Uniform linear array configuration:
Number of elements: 16
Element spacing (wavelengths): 0.75
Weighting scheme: binomial
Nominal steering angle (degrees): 45
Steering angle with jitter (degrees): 43.587
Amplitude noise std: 0.05
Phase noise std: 0.05

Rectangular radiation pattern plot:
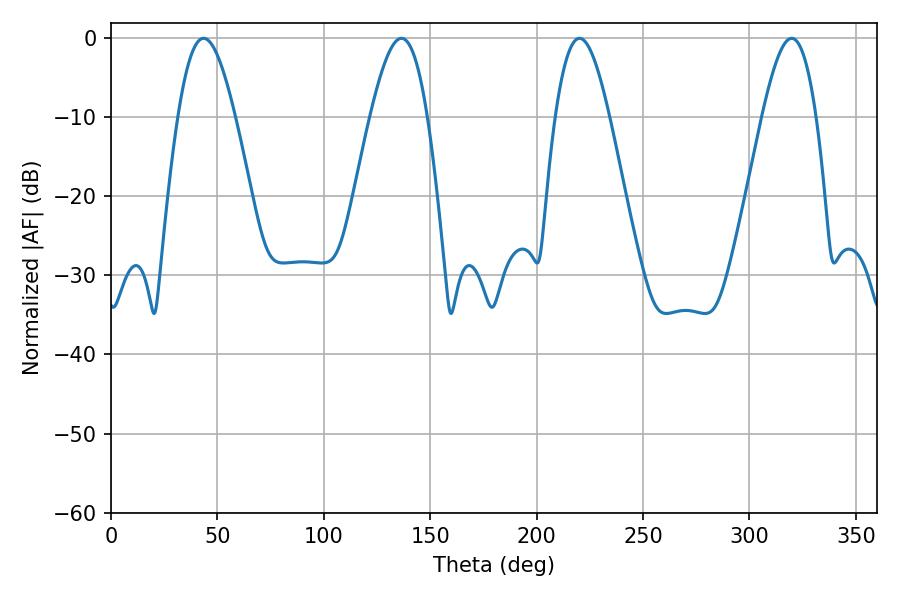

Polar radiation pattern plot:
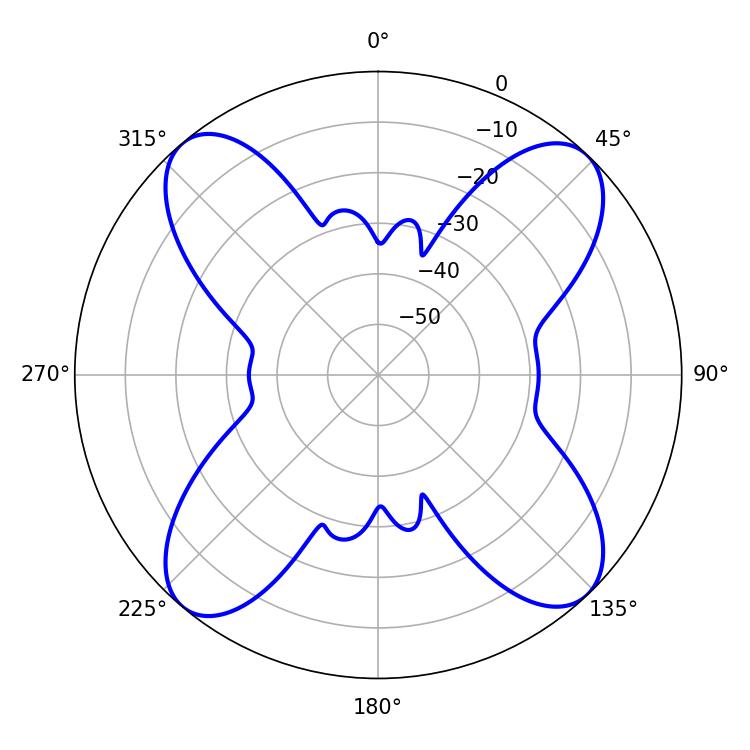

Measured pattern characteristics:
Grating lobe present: TRUE
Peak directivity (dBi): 16.648
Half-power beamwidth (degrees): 13.68
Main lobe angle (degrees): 220.14